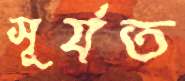
সূর্যত